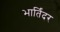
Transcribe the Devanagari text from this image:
भार्तिंदर